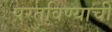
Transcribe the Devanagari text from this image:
परतविण्याची